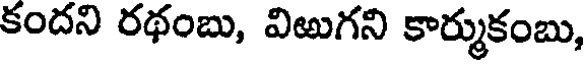
కందని రథంబు, విఱుగని కార్ముకంబు,